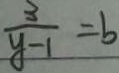
\frac { 3 } { y - 1 } = b